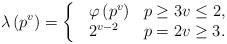
LaTeX: \begin{align*}\lambda\left(p^v\right)= \left \{\begin{array}{ll}\begin{array}{ll}\varphi \left(p^v\right) & p\geq 3 v\leq 2, \\2^{v-2} & p=2 v \geq 3. \\\end{array}\end{array} \right . \end{align*}